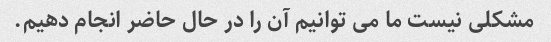
مشکلی نیست ما می توانیم آن را در حال حاضر انجام دهیم.